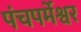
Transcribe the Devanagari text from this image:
पंचपर्मेश्वर